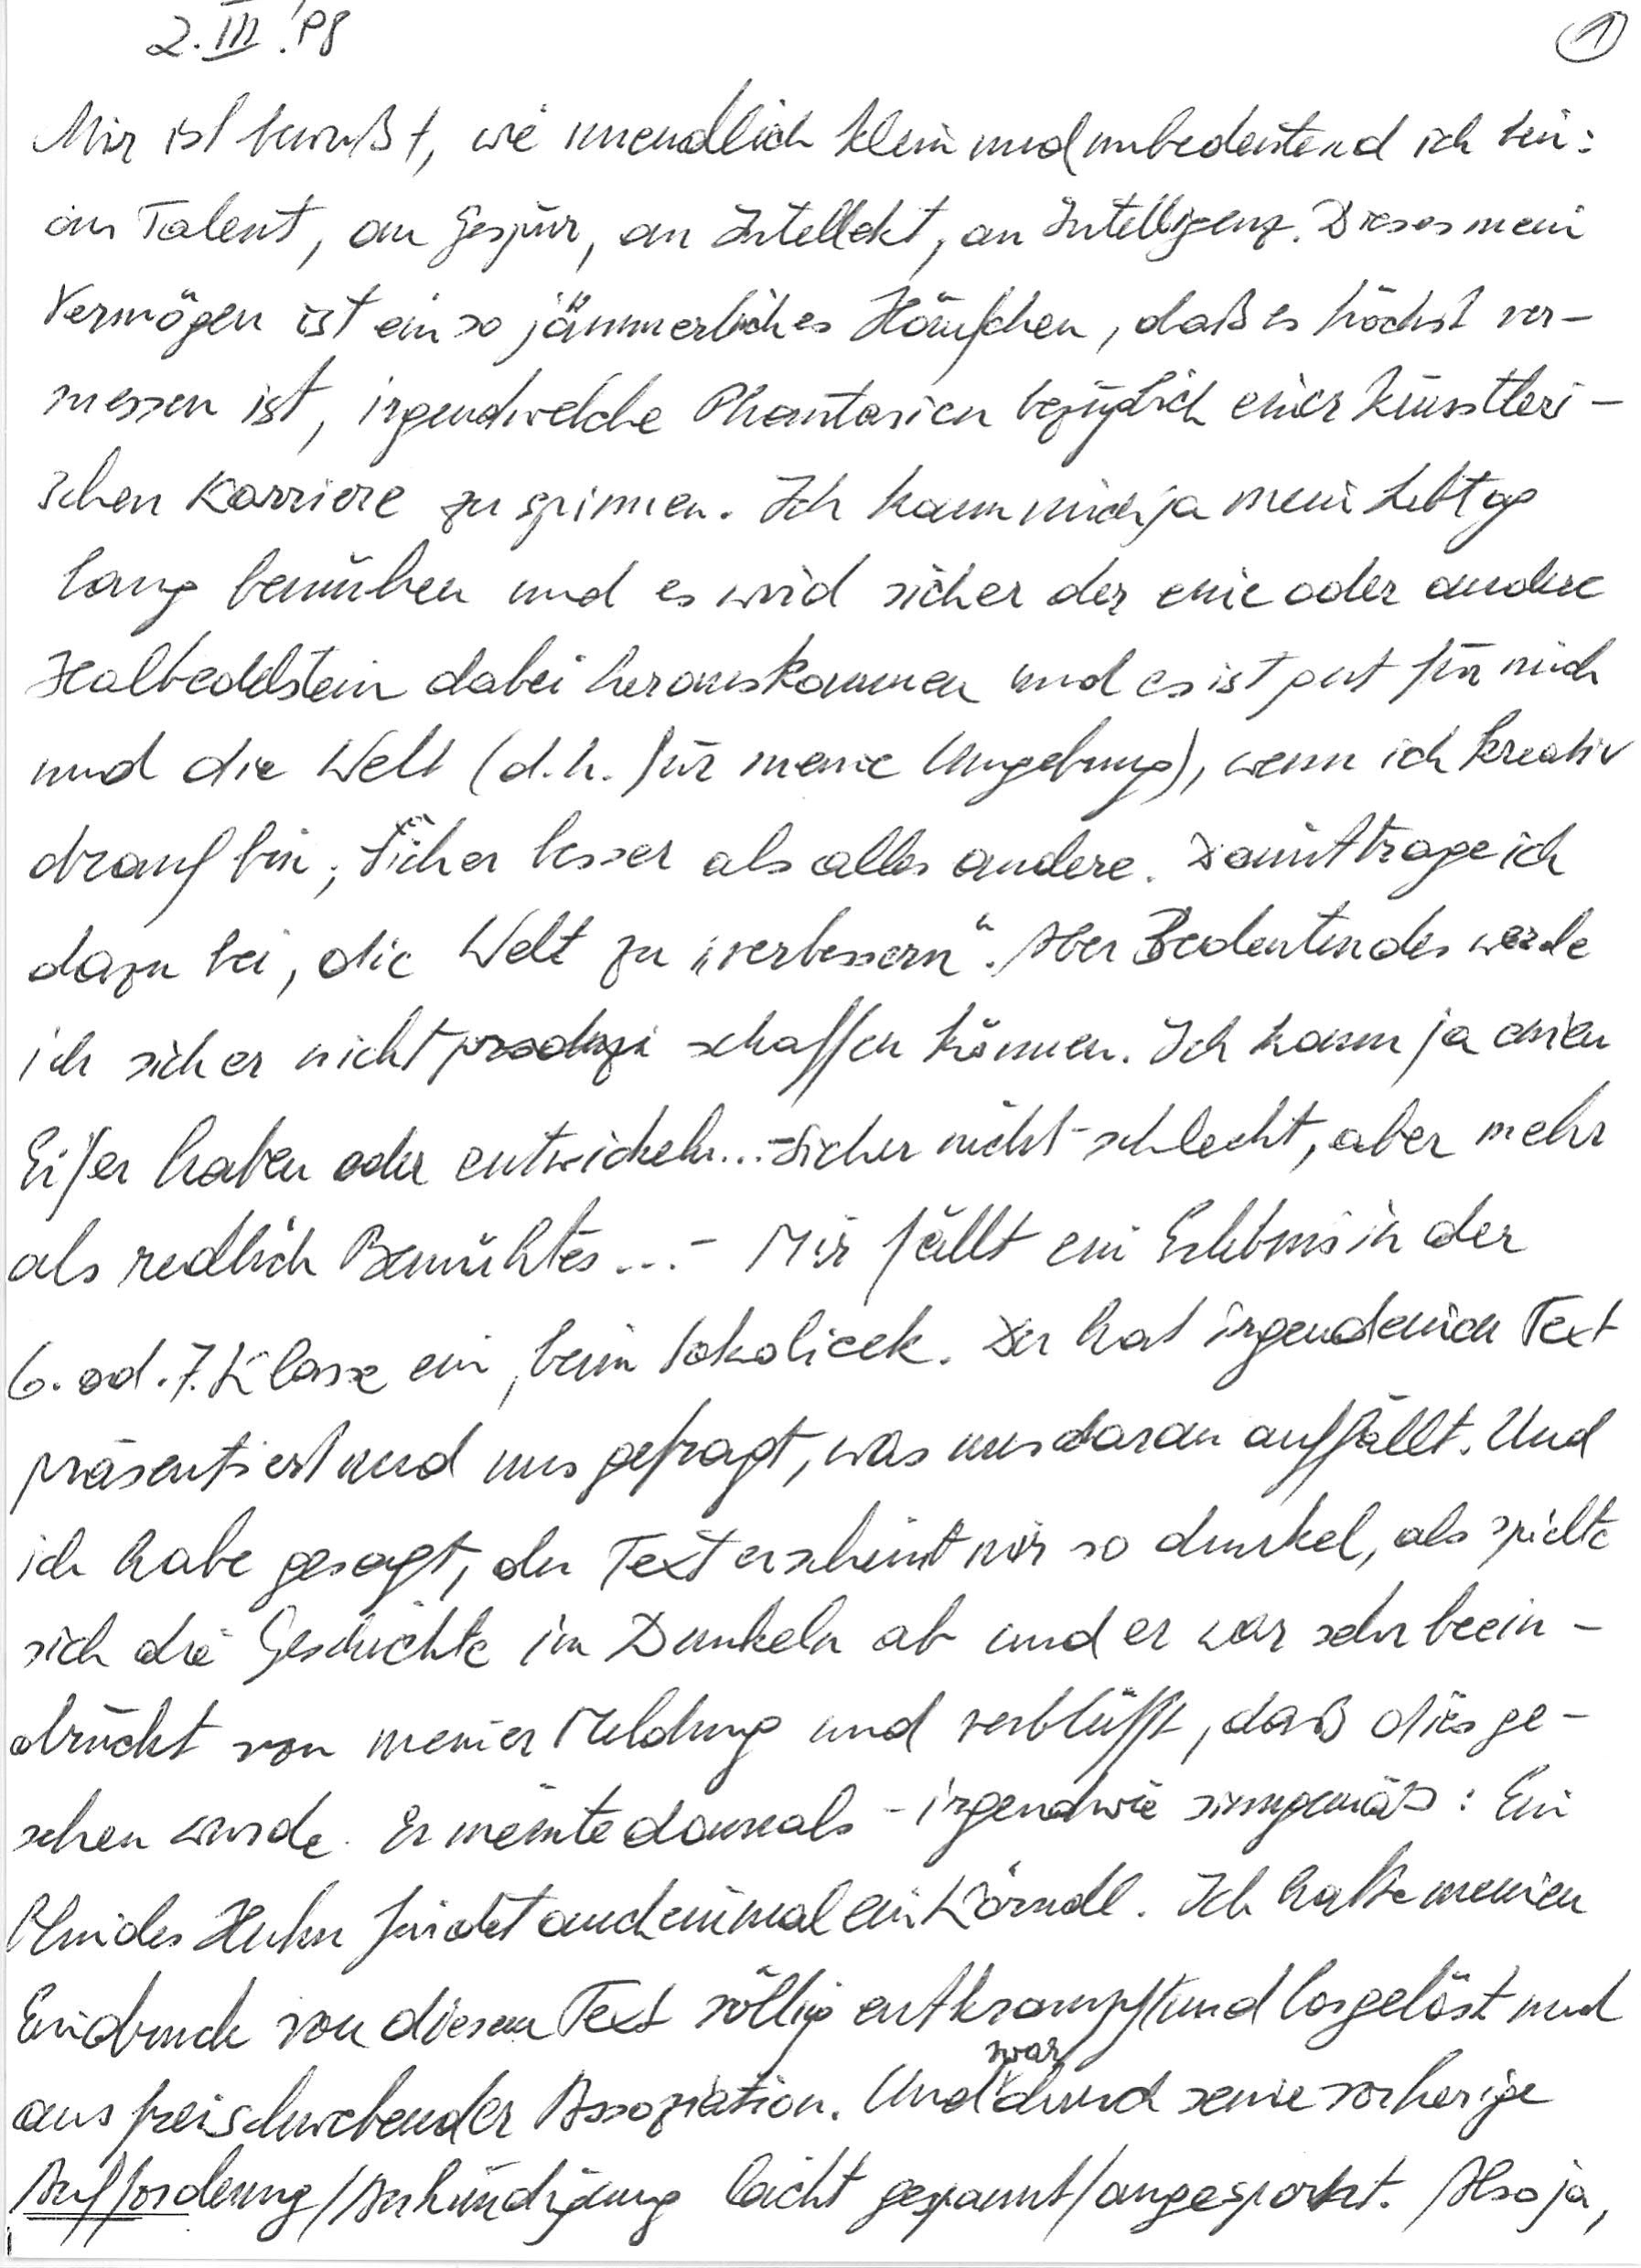
2. III. ‘98
Mir ist bewußt, wie unendlich klein und unbedeutend ich bin:
an Talent, an Gespür, an Intellekt, an Intelligenz. Dieses mein
Vermögen ist ein so jämmerliches Häufchen, daß es höchst ver-
messen ist, irgendwelche Phantasien bezüglich einer künstleri-
schen Karriere zu spinnen. Ich kann mich ja mein Lebtag
lang bemühen und es wird sicher der eine oder andere
Halbedelstein dabei herauskommen und es ist gut für mich
und die Welt (d. h. für meine Umgebung), wenn ich kreativ
drauf bin; sicher besser als alles andere. Damit trage ich
dazu bei, die Welt zu „verbessern“. Aber Bedeutendes werde
ich sicher nicht schaffen können. Ich kann ja einen
Eifer haben oder entwickeln … – Sicher nicht schlecht, aber mehr
als redlich Bemühtes … – Mir fällt ein Erlebnis in der
6. od. 7. Klasse ein, beim Sokolicek. Der hat irgendeinen Text
präsentiert und uns gefragt, was uns daran auffällt. Und
ich habe gesagt, der Text erscheint mir so dunkel, als spielte
sich die Geschichte im Dunkeln ab und er war sehr beein-
druckt von meiner Meldung und verblüfft, daß dies ge-
sehen wurde. Er meinte damals – irgendwie sinngemäß: Ein
blindes Huhn findet auch einmal ein Körndl. Ich hatte meinen
Eindruck von diesem Text völlig entkrampft und losgelöst und
aus freischwebender Assoziation. Und war durch seine vorherige
Aufforderung/Ankündigung leicht gespannt/angespornt. Also ja,